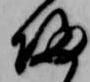
帰